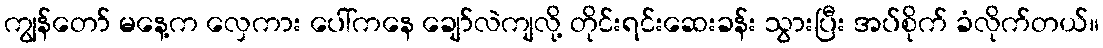
ကျွန်တော် မနေ့က လှေကား ပေါ်ကနေ ချော်လဲကျလို့ တိုင်းရင်းဆေးခန်း သွားပြီး အပ်စိုက် ခံလိုက်တယ်။